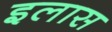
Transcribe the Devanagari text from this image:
इलास